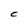
Character: C